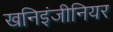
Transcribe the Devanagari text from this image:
खनिइंजीनियर